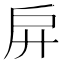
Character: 𢨬